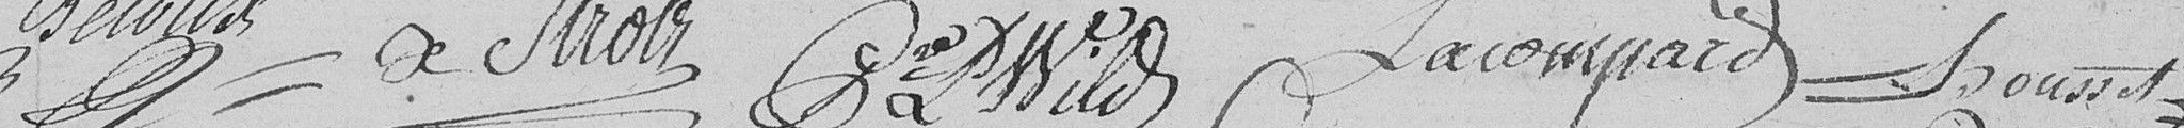
Strolz    Wild    Lacompard